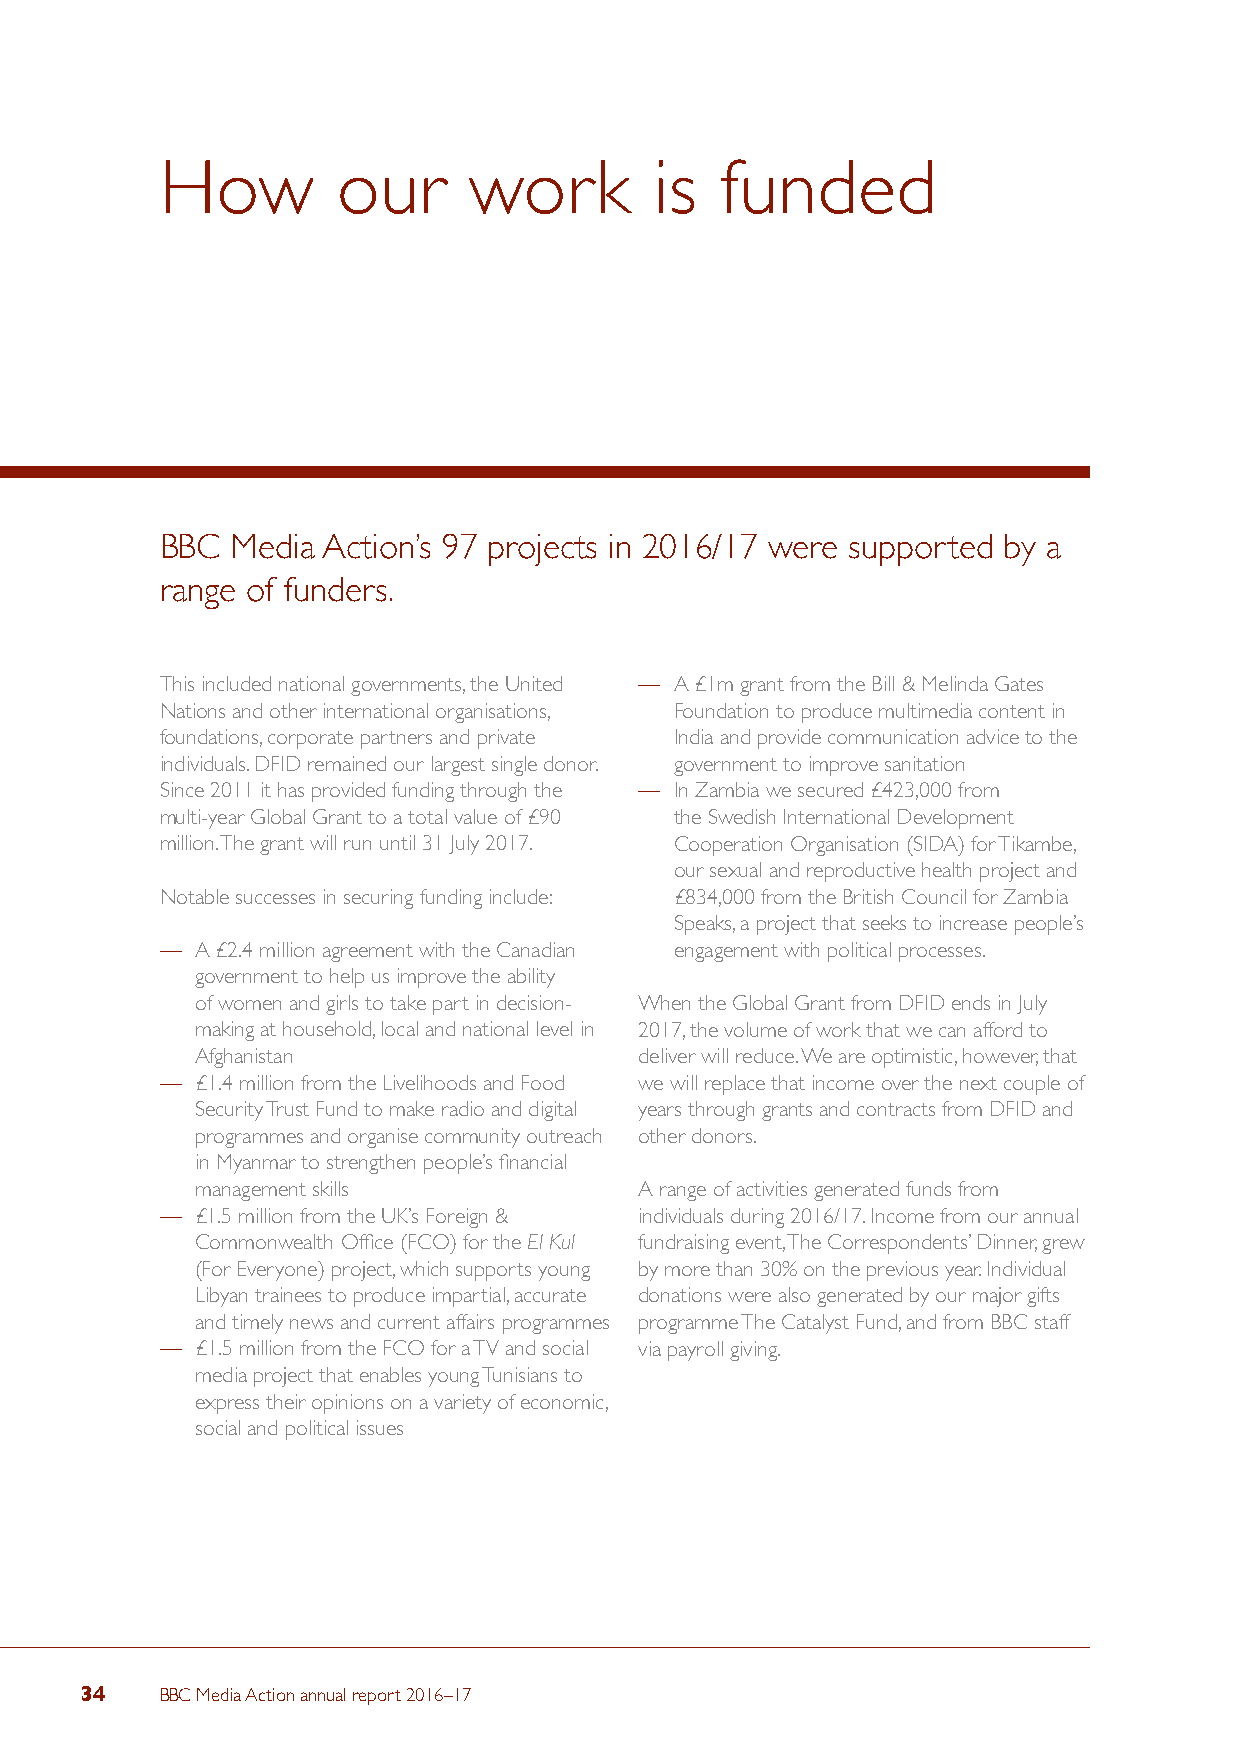
How        our      work        is   funded
 BBC Media Action’s 97 projects in 2016/17 were supported by a
 range of funders.
 This included national governments, the United — A £1m grant from the Bill & Melinda Gates
 Nations and other international organisations, Foundation to produce multimedia content in
 foundations, corporate partners and private India and provide communication advice to the
 individuals. DFID remained our largest single donor. government to improve sanitation
 Since 2011 it has provided funding through the — In Zambia we secured £423,000 from
 multi-year Global Grant to a total value of £90 the Swedish International Development
 million. The grant will run until 31 July 2017. Cooperation Organisation (SIDA) for Tikambe,
 our sexual and reproductive health project and
 Notable successes in securing funding include: £834,000 from the British Council for Zambia
 Speaks, a project that seeks to increase people’s
 — A £2.4 million agreement with the Canadian engagement with political processes.
 government to help us improve the ability
 of women and girls to take part in decision- When the Global Grant from DFID ends in July
 making at household, local and national level in 2017, the volume of work that we can afford to
 Afghanistan                  deliver will reduce. We are optimistic, however, that
 — £1.4 million from the Livelihoods and Food we will replace that income over the next couple of
 Security Trust Fund to make radio and digital years through grants and contracts from DFID and
 programmes and organise community outreach other donors.
 in Myanmar to strengthen people’s financial
 management skills            A range of activities generated funds from
 — £1.5 million from the UK’s Foreign & individuals during 2016/17. Income from our annual
 Commonwealth Office (FCO) for the El Kul fundraising event, The Correspondents’ Dinner, grew
 (For Everyone) project, which supports young by more than 30% on the previous year. Individual
 Libyan trainees to produce impartial, accurate donations were also generated by our major gifts
 and timely news and current affairs programmes programme The Catalyst Fund, and from BBC staff
 — £1.5 million from the FCO for a TV and social via payroll giving.
 media project that enables young Tunisians to
 express their opinions on a variety of economic,
 social and political issues
 34    BBC Media Action annual report 2016–17